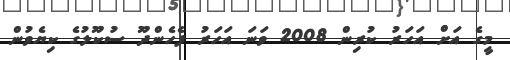
މީގެ އަށް އަހަރު ކުރިން 2008 ވަނަ އަހަރު ފެހެންދޫ ސުކޫލުގެ ކިޔެވުން